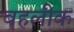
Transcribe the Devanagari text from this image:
बहलीक